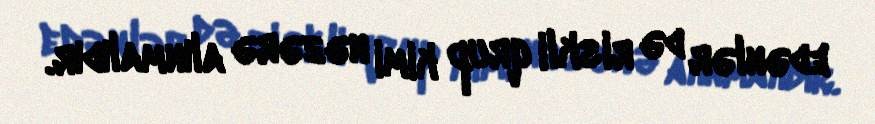
edənlər də riskli qrup kimi nəzərə alınmalıdır.